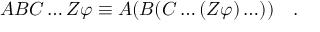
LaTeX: A B C \ldots Z \varphi \equiv A ( B ( C \ldots ( Z \varphi ) \ldots ) ) \quad .